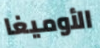
الأوميغا